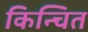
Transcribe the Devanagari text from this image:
किन्चित